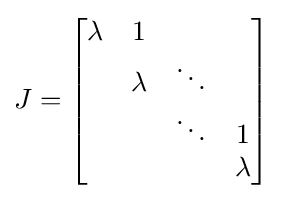
J={\begin{bmatrix}\lambda &1&\;&\;\\\;&\lambda &\ddots &\;\\\;&\;&\ddots &1\\\;&\;&\;&\lambda \end{bmatrix}}